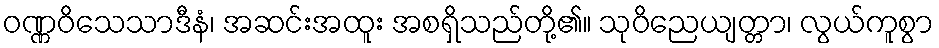
ဝဏ္ဏဝိသေသာဒီနံ၊ အဆင်းအထူး အစရှိသည်တို့၏။ သုဝိညေယျတ္တာ၊ လွယ်ကူစွာ